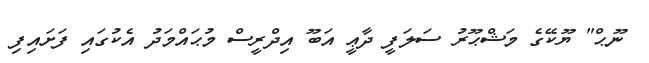
ނޫޙް" ޔޫކޭގެ މަޝްޙޫރު ސަލަފީ ދާޢީ އަބޫ އިދްރީސް މުޙައްމަދު އެކުގައި ފަށައިފި